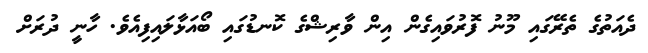
ދެއަތުގެ ތެރޭގައި މޫނު ފޮރުވައިގެން އިން ވާރިޝްގެ ކޮނޑުގައި ބޯއަޅާލައިފިއެވެ. ހާނީ ދުރަށް